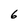
Character: 6